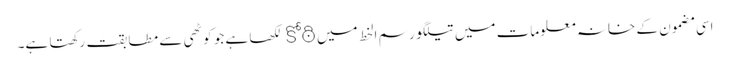
اسی مضمون کے خانہ معلومات میں تیلگو رسم الخط میں కోఠి لکھا ہے جو کوٹھی سے مطابقت رکھتا ہے۔